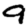
Digit: 9